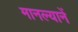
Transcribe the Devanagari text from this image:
मानल्यानें